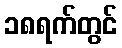
၁၈ရက်တွင်